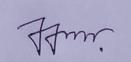
Signature authenticity: genuine